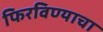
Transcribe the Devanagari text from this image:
फिरविण्याचा